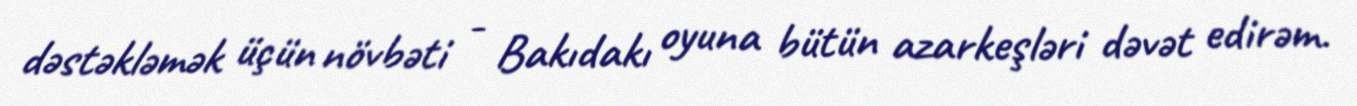
dəstəkləmək üçün növbəti - Bakıdakı oyuna bütün azarkeşləri dəvət edirəm.